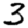
Digit: 3